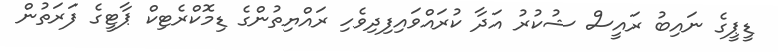
ޑީޕީގެ ނައިބު ރައީސް ޝުކުރު އަދާ ކުރައްވައިފިދިވެހި ރައްޔިތުންގެ ޑިމޮކްރެޓިކް ޕާޓީގެ ފަރަތުން